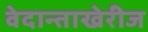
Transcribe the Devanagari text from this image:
वेदान्ताखेरीज